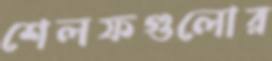
শেলফগুলোর